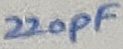
Text: 220pF